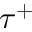
\tau ^ { + }